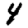
Digit: 4